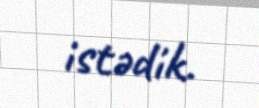
istədik.